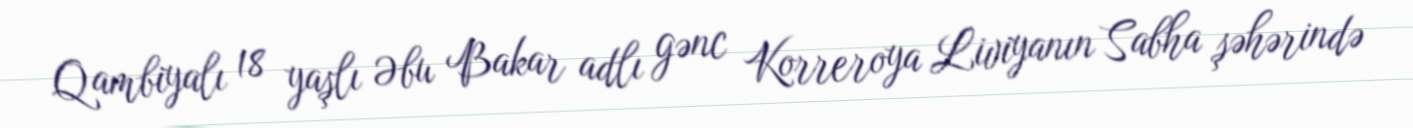
Qambiyalı 18 yaşlı Əbu Bakar adlı gənc Korreroya Liviyanın Sabha şəhərində